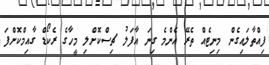
ފިއްތާލައިގެން މިނިޓެއް ތެރޭ އެންމެ ގިނަ އާފަލު ޗިސްކޮށްލި މީހާގެ ރެކޯޑް ގާއިމްކޮށްފަ